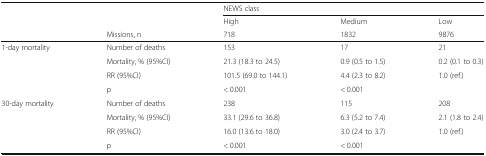
<table><thead><tr><td rowspan="3"></td><td></td><td colspan="3"><b>NEWS class</b></td></tr><tr><td></td><td><b>High</b></td><td><b>Medium</b></td><td><b>Low</b></td></tr><tr><td><b>Missions, n</b></td><td><b>718</b></td><td><b>1832</b></td><td><b>9876</b></td></tr></thead><tbody><tr><td rowspan="4">1-day mortality</td><td>Number of deaths</td><td>153</td><td>17</td><td>21</td></tr><tr><td>Mortality, % (95%CI)</td><td>21.3 (18.3 to 24.5)</td><td>0.9 (0.5 to 1.5)</td><td>0.2 (0.1 to 0.3)</td></tr><tr><td>RR (95%CI)</td><td>101.5 (69.0 to 144.1)</td><td>4.4 (2.3 to 8.2)</td><td>1.0 (ref.)</td></tr><tr><td>p</td><td>&lt; 0.001</td><td>&lt; 0.001</td><td></td></tr><tr><td rowspan="4">30-day mortality</td><td>Number of deaths</td><td>238</td><td>115</td><td>208</td></tr><tr><td>Mortality, % (95%CI)</td><td>33.1 (29.6 to 36.8)</td><td>6.3 (5.2 to 7.4)</td><td>2.1 (1.8 to 2.4)</td></tr><tr><td>RR (95%CI)</td><td>16.0 (13.6 to 18.0)</td><td>3.0 (2.4 to 3.7)</td><td>1.0 (ref.)</td></tr><tr><td>p</td><td>&lt; 0.001</td><td>&lt; 0.001</td><td></td></tr></tbody></table>